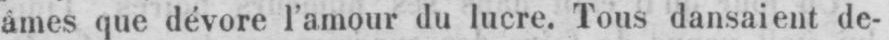
âmes que dévore l’amour du lucre. Tous dansaient de-